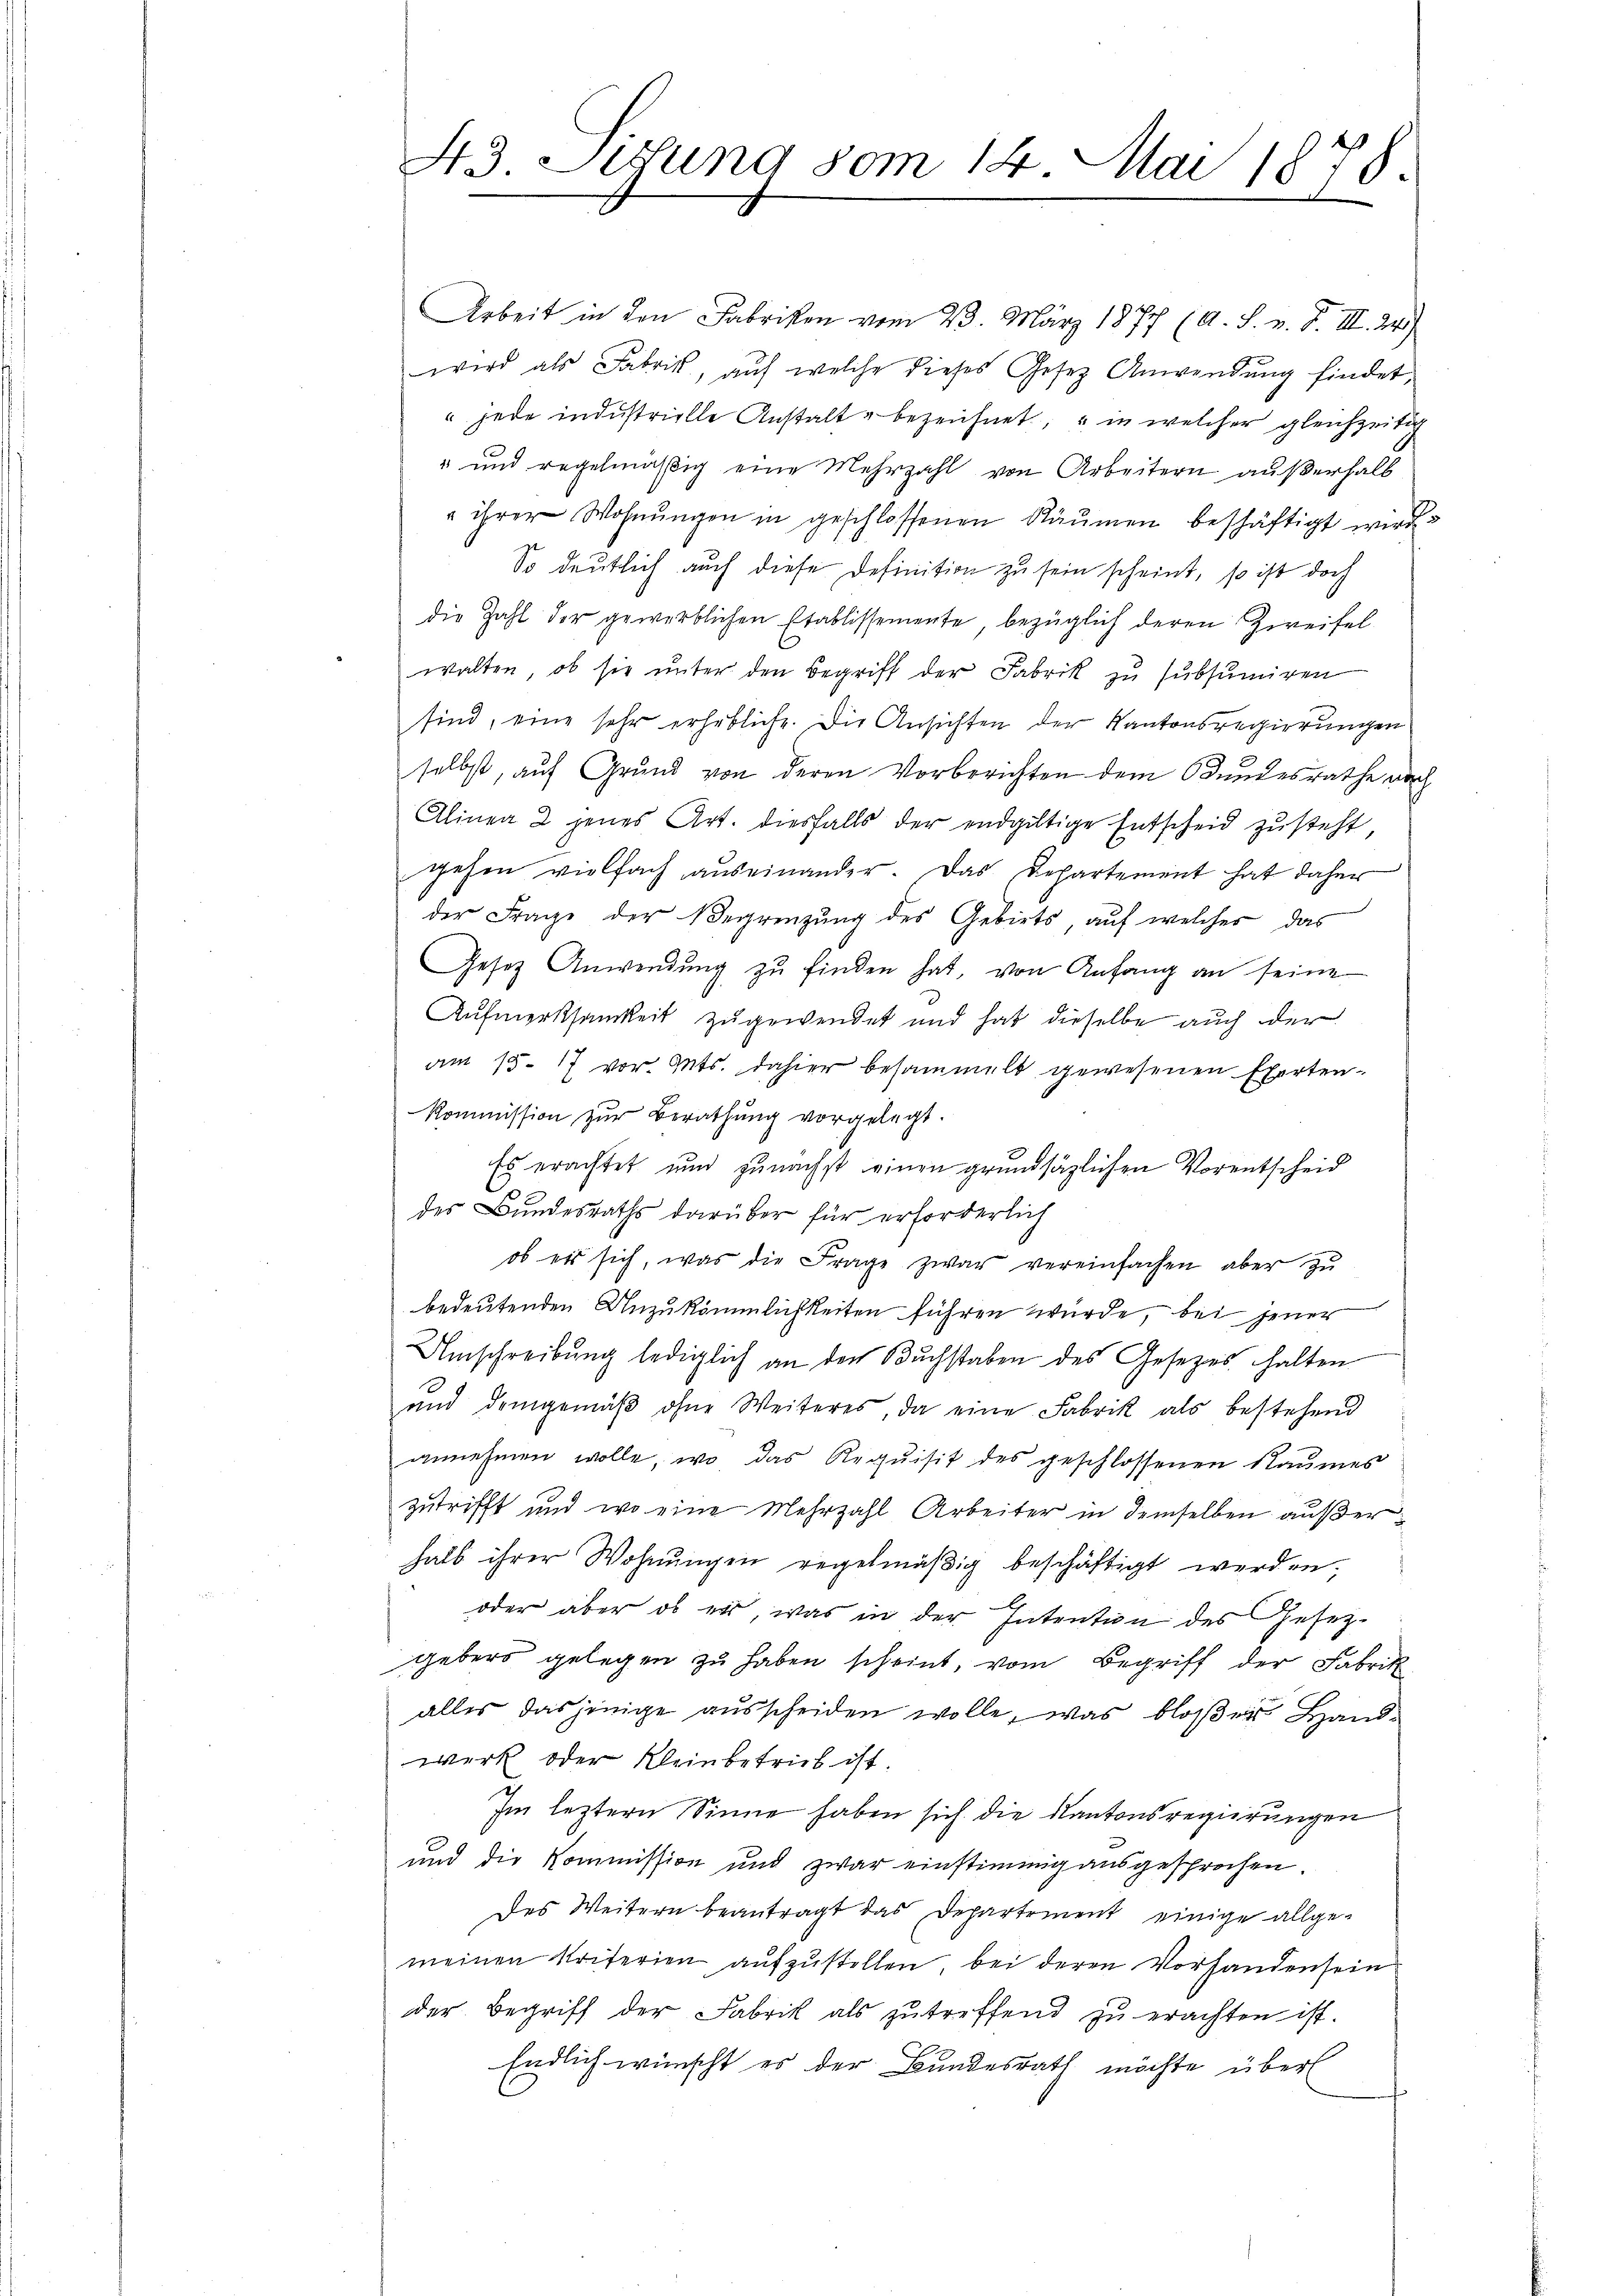
43. Lesung vom 14. Mai 1878.
1

Arbeit in den Fabriken vom 23. März 1877 (A. S. v. F. III. 24.)
wird als Fabrik, auf welche dieses Gesetz Anwendŭng findet,
" jede industrielle Anstalt bezeichnet, u in welcher gleichzeitig
" und regelmäβig eine Mehrzahl von Arbeitern außerhalb
 ihrer Wohnŭngen in geschlossenen Räumen beschäftigt wird
So deutlich auch diese Definition zu sein scheint, so ist doch
die Zahl der gewerblichen Etablissemente, bezüglich deren Zweifel
walten, ob sie unter den Begriff der Fabrik zu subsumiren
sind, eine sehr erhebliche. Die Ansichten der Kantonsregierungen
selbst, auf Grund von deren Vorberichten dem Bundesrathe nach
Alinea 2 jenes Art. diesfalls der endgültige Entscheid zŭsteht,
gehen vielfach auseinander. Das Departement hat daher
der Frage der Begrenzung des Gebiets, auf welcher das
Gesetz Anwendŭng zŭ finden hat, von Anfang an seine
Aufmerksamkeit zugewendet und hat dieselbe auch der
am 15. 17 vor. Ants. dahier besammelt gewesenen Exerten¬
Kommission zŭr Berathŭng vorgelegt.
Es erachtet nun zunächst einen grundsätzlichen Vorentscheid
des Bundesraths darüber für erforderlich
ob es sich, was die Frage zwar vereinfachen aber zŭ
bedeutenden Anzukömmlichkeiten führen wurde, bei jener
Umschreibung lediglich an den Buchstaben des Gesetzes halten
und demgemäβ ohne Weiteres, da eine Fabrik als bestehend
annehmen wolle, wo das Requisit des geschlossenen Raumes
zutrifft und wo eine Mehrzahl Arbeiter in demselben außer
halb ihrer Wohnungen regelmäßig beschäftigt werden.
l
oder aber ob es, was in der Intentin des Gesezgebers gelegen zu haben scheint, vom Begriff der Fabrik
alles das jenige ausscheiden wolle, was bloßer Handwerk oder Kleinbetrieb ist.
Im leztern Sinne haben sich die Kantonsregierungen
und die Kommission und zwar einstimmig ausgesprochen.
des Weitern beantragt das Departement einige allge-
meinen Kriterien aŭfzŭstellen, bei deren Vorhanden sein
der Begriff der Fabrik als zutreffend zu erachten ist.
Endlich wünscht es der Bundesrath möchte über